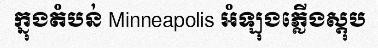
ក្នុងតំបន់ Minneapolis អំឡុងភ្លើងស្តុប